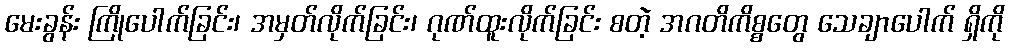
မေးခွန်း ကြိုပေါက်ခြင်း၊ အမှတ်လိုက်ခြင်း၊ ဂုဏ်ထူးလိုက်ခြင်း စတဲ့ အဂတိကိစ္စတွေ သေချာပေါက် ရှိကို